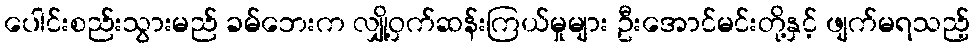
ပေါင်းစည်းသွားမည် ခမ်ဘေးက လျှို့ဝှက်ဆန်းကြယ်မှုများ ဦးအောင်မင်းတို့နှင့် ဖျက်မရသည့်